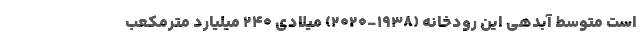
است متوسط آبدهی این رودخانه (۱۹۳۸-۲۰۲۰) میلادی ۲۴۰ میلیارد مترمکعب